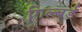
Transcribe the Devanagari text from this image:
गिल्बर्ड